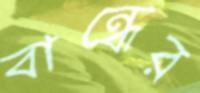
বান্ধের